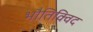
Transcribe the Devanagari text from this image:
भौतिक्विद